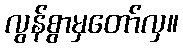
လွန်စွာမှတော်လှ။